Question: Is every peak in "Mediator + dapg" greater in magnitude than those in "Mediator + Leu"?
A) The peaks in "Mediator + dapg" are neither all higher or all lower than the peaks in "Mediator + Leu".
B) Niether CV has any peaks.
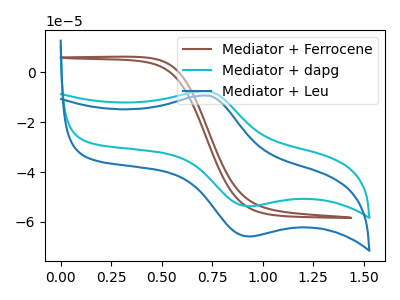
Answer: <think>The brown curve "Mediator + Ferrocene" has no peaks. The cyan curve "Mediator + dapg" has an anodic peak at (0.75V, -7.70uA) and a cathodic peak at (0.95V, -53.75uA). The blue curve "Mediator + Leu" has an anodic peak at (0.75V, -9.40uA) and a cathodic peak at (0.95V, -65.85uA).</think>
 <answer>A) The peaks in "Mediator + dapg" are neither all higher or all lower than the peaks in "Mediator + Leu".</answer>
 <eval>A</eval>